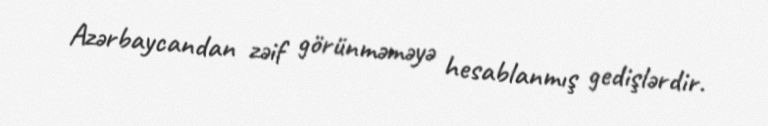
Azərbaycandan zəif görünməməyə hesablanmış gedişlərdir.